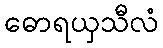
ဓောရယှသီလံ